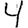
Digit: 4